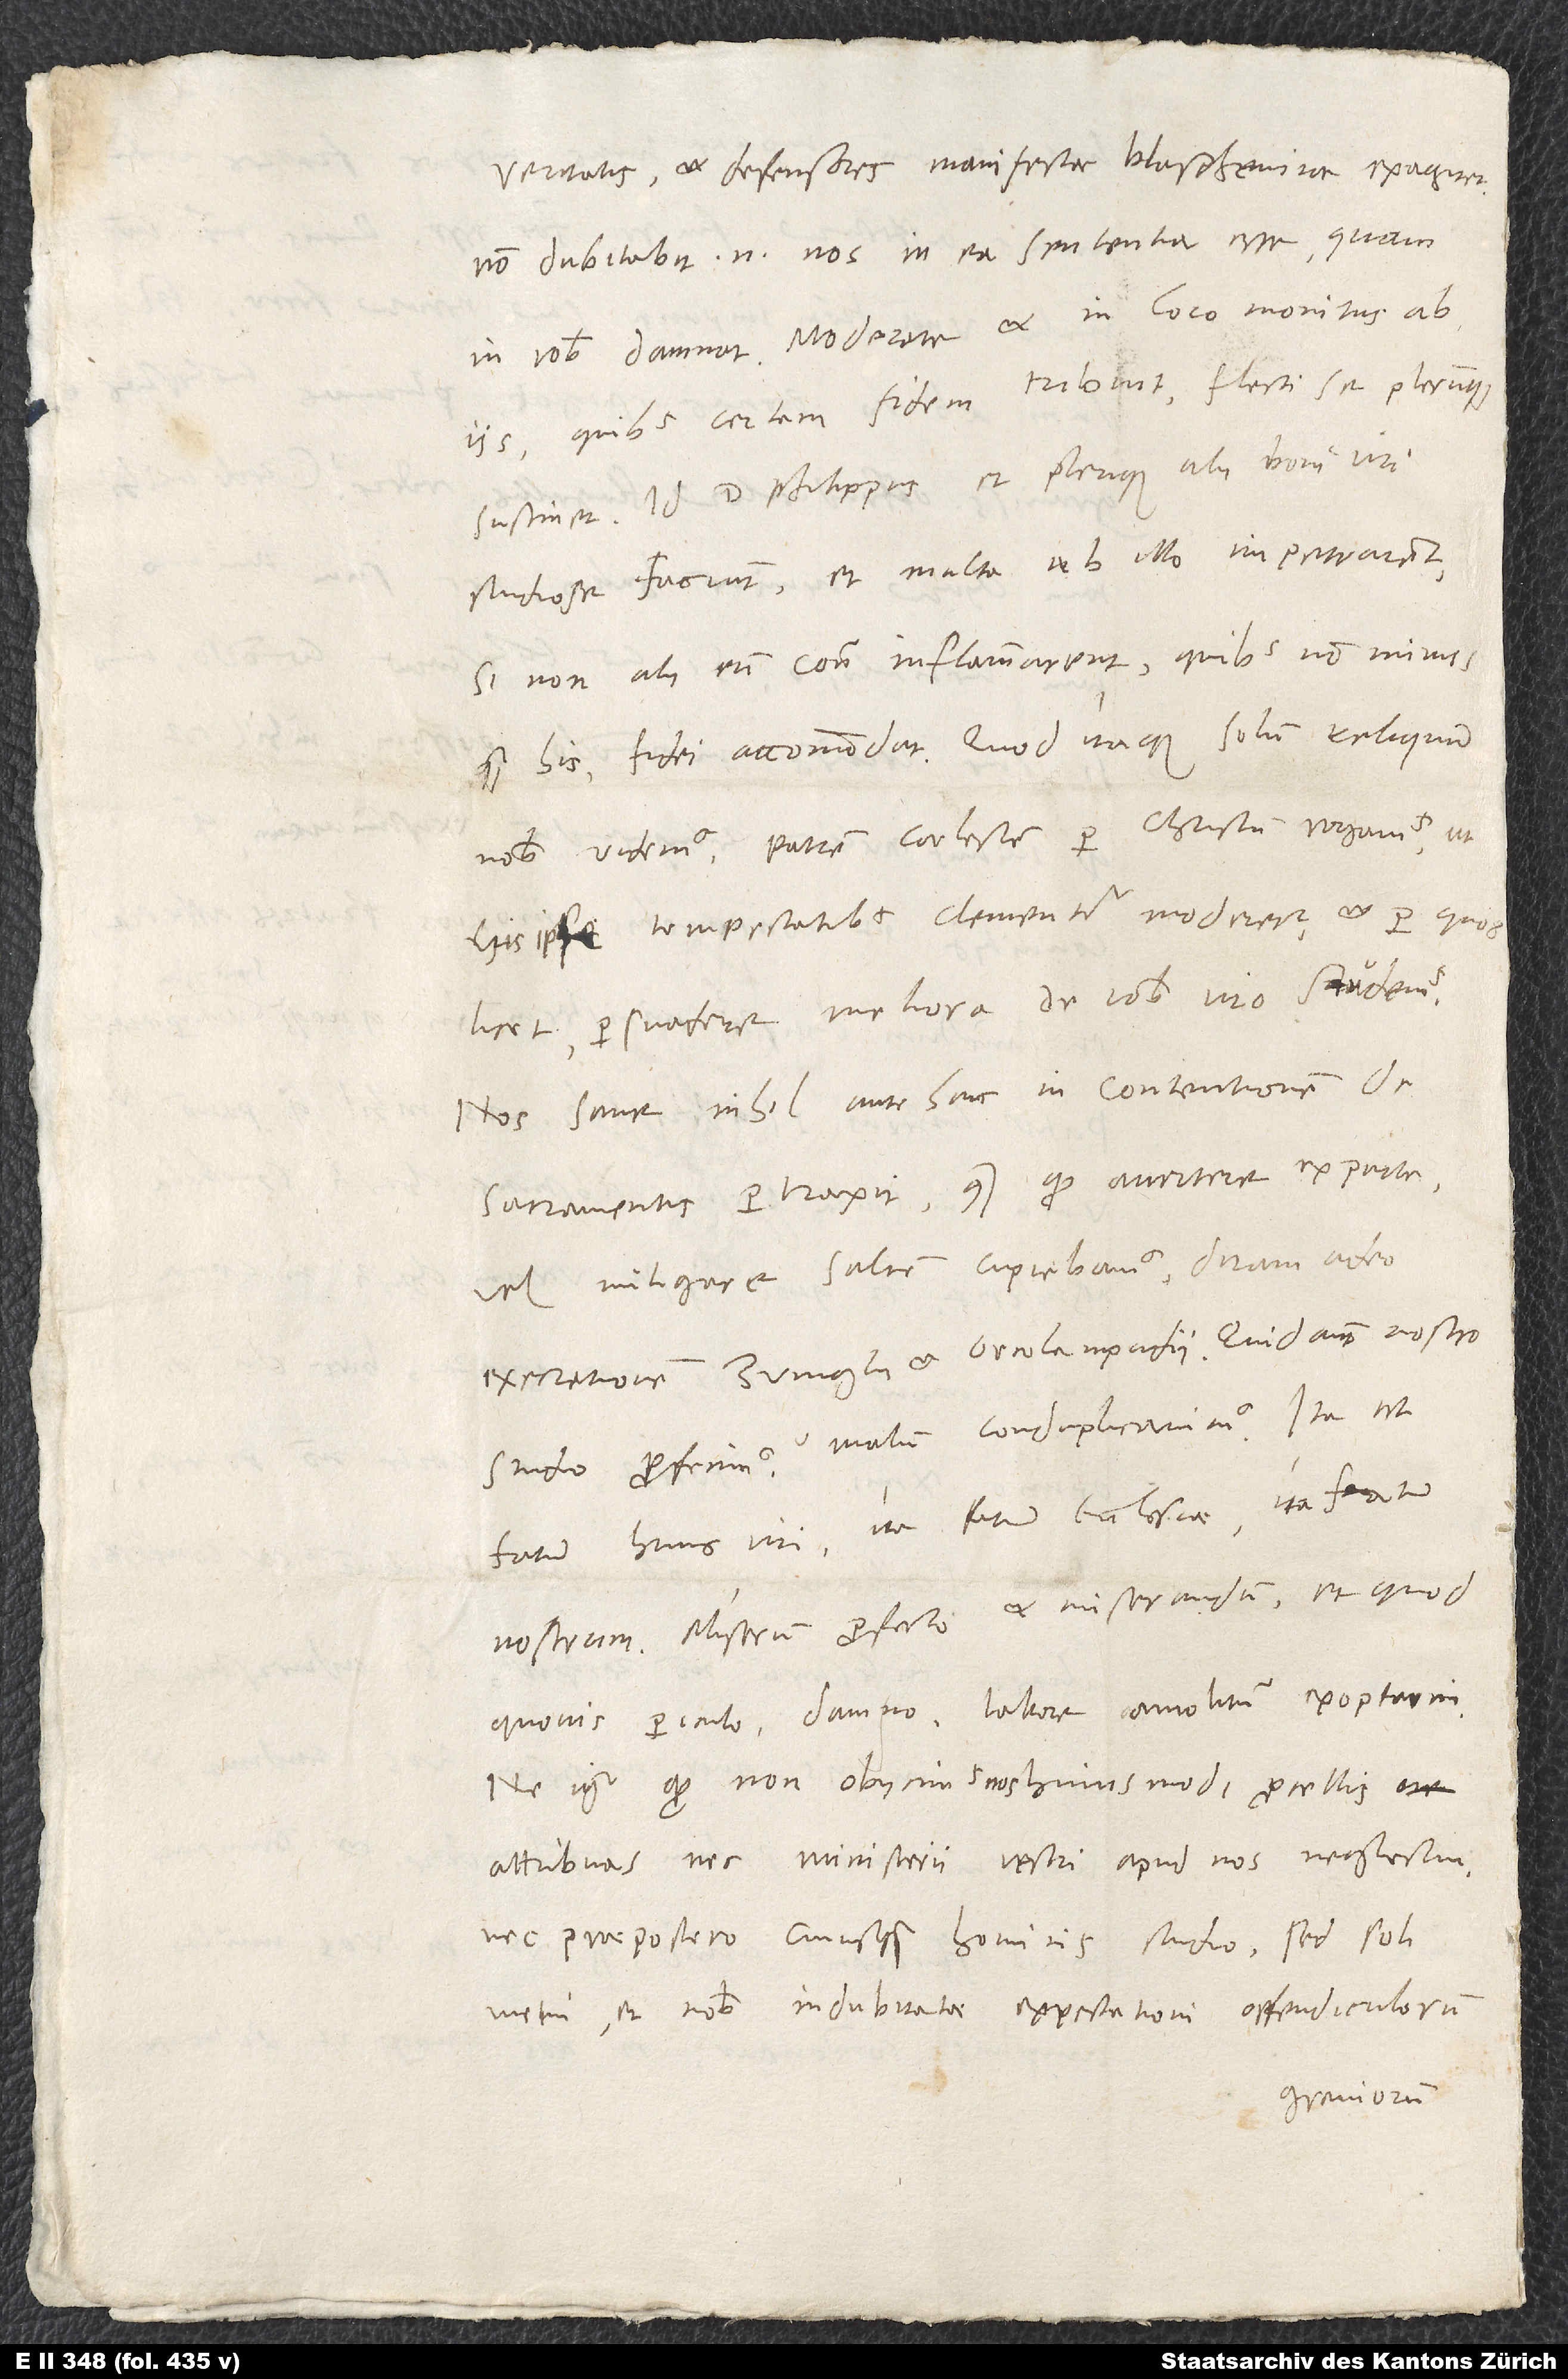
veritatis et defensores manifestae blasphemiae exagitet.
Non dubitabit enim nos in ea sententia esse, quam
iis, quibus certam fidem tribuit, flecti se plerumque
sustinet. Id d. Philippus et plerique alii boni viri
studiose faciunt et multa ab illo impetrarent,
si non alii eum contra inflammarent, quibus non minus
quam his fidei accommodat. Quod itaque solum reliquum
nobis videmus, patrem coelestem per Christum rogamus, ut
his ipse tempestatibus clementer moderetur, et, per quos
licet, persuadere meliora de vobis viro studemus.
Nos sane nihil antehac in contentionem de
sacramentis pertraxit, quam quod avertere ex parte
vel mitigare saltem cupiebamus diram adeo
execrationem Zvinglii et Oecolampadii. Quid autem nostro
Malum conduplicavimus. Ita est
studio profecimus?
fatum huius viri, ita fatum ecclesiae, ita fatum
nostrum, miserum profecto et miserandum et quod
quovis periculo, damno, labore amolitum exoptarim.
Ne igitur, quod non obiicimus nos huiusmodi procellis,
attribuas nec ministerii vestri apud nos neglectui
nec praepostero cuiusquam hominis studio, sed soli
metui et nobis indubitatae expectationi offendiculorum
graviorum.